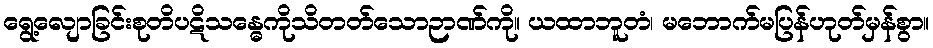
ရွေ့လျောခြင်းစုတိပဋိသန္ဓေကိုသိတတ်သောဉာဏ်ကို။ ယထာဘူတံ၊ မဘောက်မပြန်ဟုတ်မှန်စွာ။